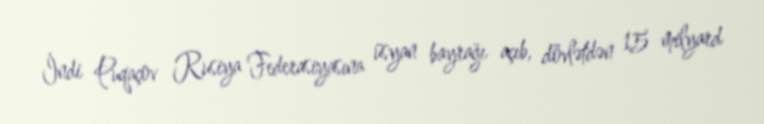
İndi Puqaçov Rusiya Federasiyasına üsyan bayrağı açıb, dövlətdən 15 milyard